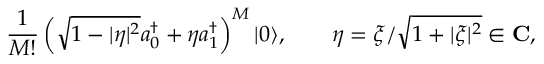
{ \frac { 1 } { M ! } } \left( \sqrt { 1 - | \eta | ^ { 2 } } a _ { 0 } ^ { \dagger } + \eta a _ { 1 } ^ { \dagger } \right) ^ { M } | 0 \rangle , \qquad \eta = \xi / \sqrt { 1 + | \xi | ^ { 2 } } \in \mathbf { C } ,